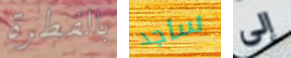
بالفطرة ساجد إلى